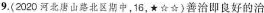
9.(2020河北唐山路北区期中，16，★☆☆)善治即良好的治